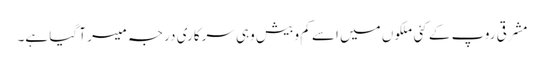
مشرقی روپ کے کئی ملکوں میں اسے کم و بیش وہی سرکاری درجہ میسر آ گیا ہے۔